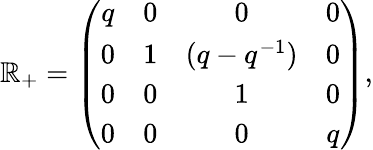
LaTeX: \mathbb{R}_{+}=\left(\begin{array}{cccc}{{q}}&{{0}}&{{0}}&{{0}}\\ {{0}}&{{1}}&{{(q-q^{-1})}}&{{0}}\\ {{0}}&{{0}}&{{1}}&{{0}}\\ {{0}}&{{0}}&{{0}}&{{q}}\end{array}\right),